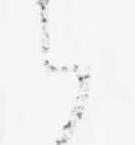
ハ